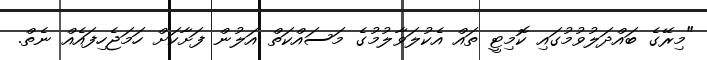
"މިރޭގެ ބައްދަލުވުމުގައި ކޮމިޓީ ތައް އެކުލަވާލުމުގެ މަސައްކަތް އަލުން ފަށާކަށް ހަމަޖެހިފައެއް ނެތް.